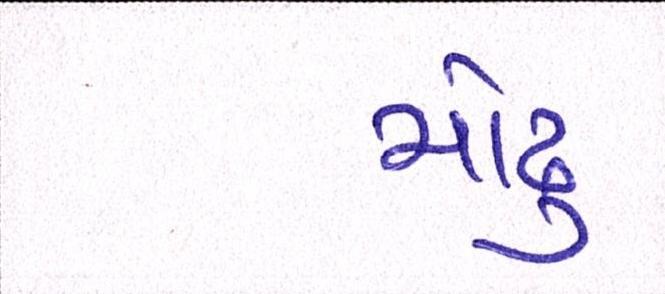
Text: મોઢુ